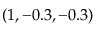
( 1 , - 0 . 3 , - 0 . 3 )